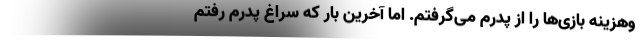
وهزینه بازی‌ها را از پدرم می‌گرفتم. اما آخرین بار که سراغ پدرم رفتم